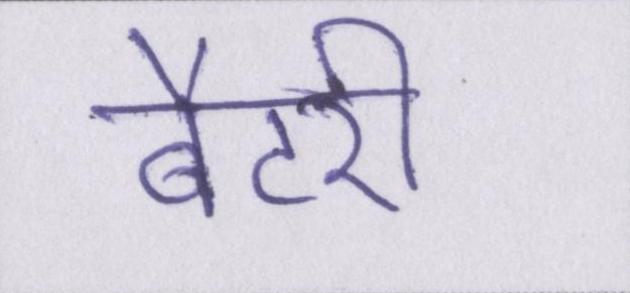
बैटरी